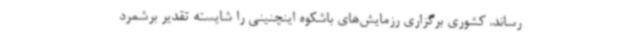
رساند. کشوری برگزاری رزمایش‌های باشکوه اینچنینی را شایسته تقدیر برشمرد